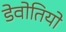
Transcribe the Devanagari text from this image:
डेवोतियो